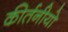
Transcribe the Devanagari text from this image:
कीर्तनीयो